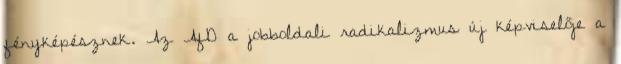
fényképésznek. Az AfD a jobboldali radikalizmus új képviselője a